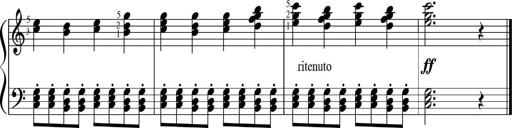
Title: Sonatinas
Composer: Andrew Violette